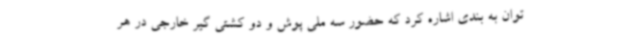
توان به بندی اشاره کرد که حضور سه ملی پوش و دو کشتی گیر خارجی در هر